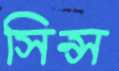
সিন্স